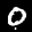
Label: 0